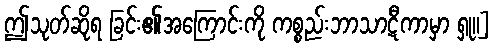
ဤသုတ်ဆိုရ ခြင်း၏အကြောင်းကို ကစ္စည်းဘာသာဋီကာမှာ ရှု။]